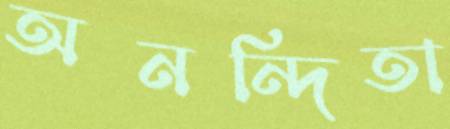
অনন্দিতা